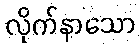
လိုက်နာသော